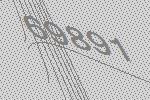
69891